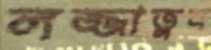
লজ্জাতুন